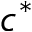
c ^ { * }